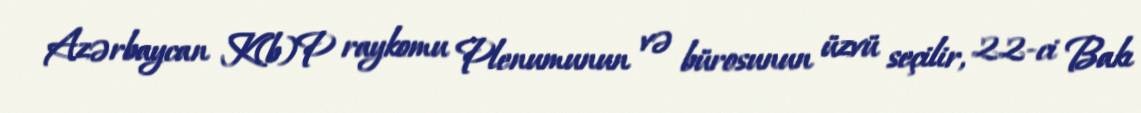
Azərbaycan K(b)P raykomu Plenumunun və bürosunun üzvü seçilir, 22-ci Bakı